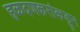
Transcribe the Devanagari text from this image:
हळदणकरांकडून